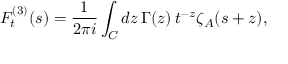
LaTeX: F _ { t } ^ { ( 3 ) } ( s ) = \frac { 1 } { 2 \pi i } \int _ { C } d z \, \Gamma ( z ) \, t ^ { - z } \zeta _ { A } ( s + z ) ,